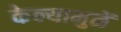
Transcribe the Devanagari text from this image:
केल्यामुळें